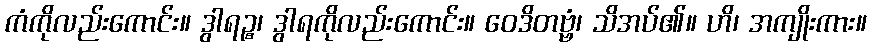
ကံကိုလည်းကောင်း။ ဒွါရဉ္စ၊ ဒွါရကိုလည်းကောင်း။ ဝေဒိတဗ္ဗံ၊ သိအပ်၏။ ဟိ၊ အကျိုးကား။